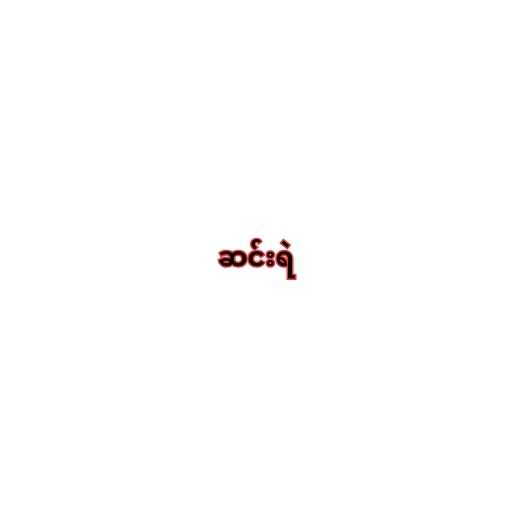
ဆင်းရဲ